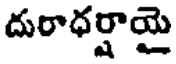
దురాధర్షాయై